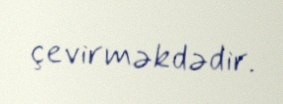
çevirməkdədir.